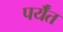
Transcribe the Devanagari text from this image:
पर्यँत